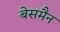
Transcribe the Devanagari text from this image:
बेसमैन